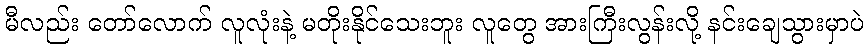
မီလည်း တော်လောက် လူလုံးနဲ့ မတိုးနိုင်သေးဘူး လူတွေ အားကြီးလွန်းလို့ နင်းချေသွားမှာပဲ